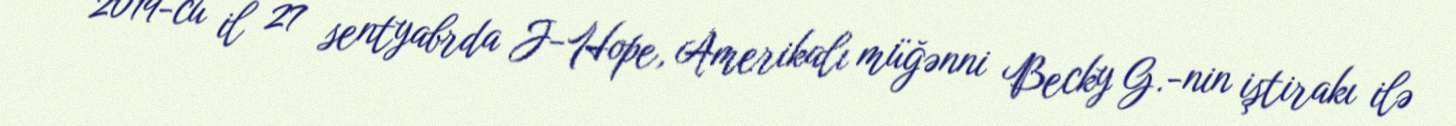
2019-cu il 27 sentyabrda J-Hope, Amerikalı müğənni Becky G.-nin iştirakı ilə